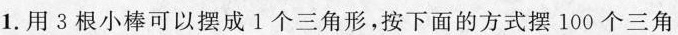
1.用3根小棒可以摆成1个三角 形，按下面的方式摆100个三角